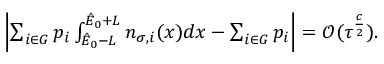
\begin{array} { r } { \left| \sum _ { i \in G } p _ { i } \int _ { \hat { E } _ { 0 } - L } ^ { \hat { E } _ { 0 } + L } n _ { \sigma , i } ( x ) d x - \sum _ { i \in G } p _ { i } \right| = \mathcal { O } ( \tau ^ { \frac { c } { 2 } } ) . } \end{array}